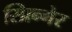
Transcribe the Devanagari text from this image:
स्प्रिन्गेर